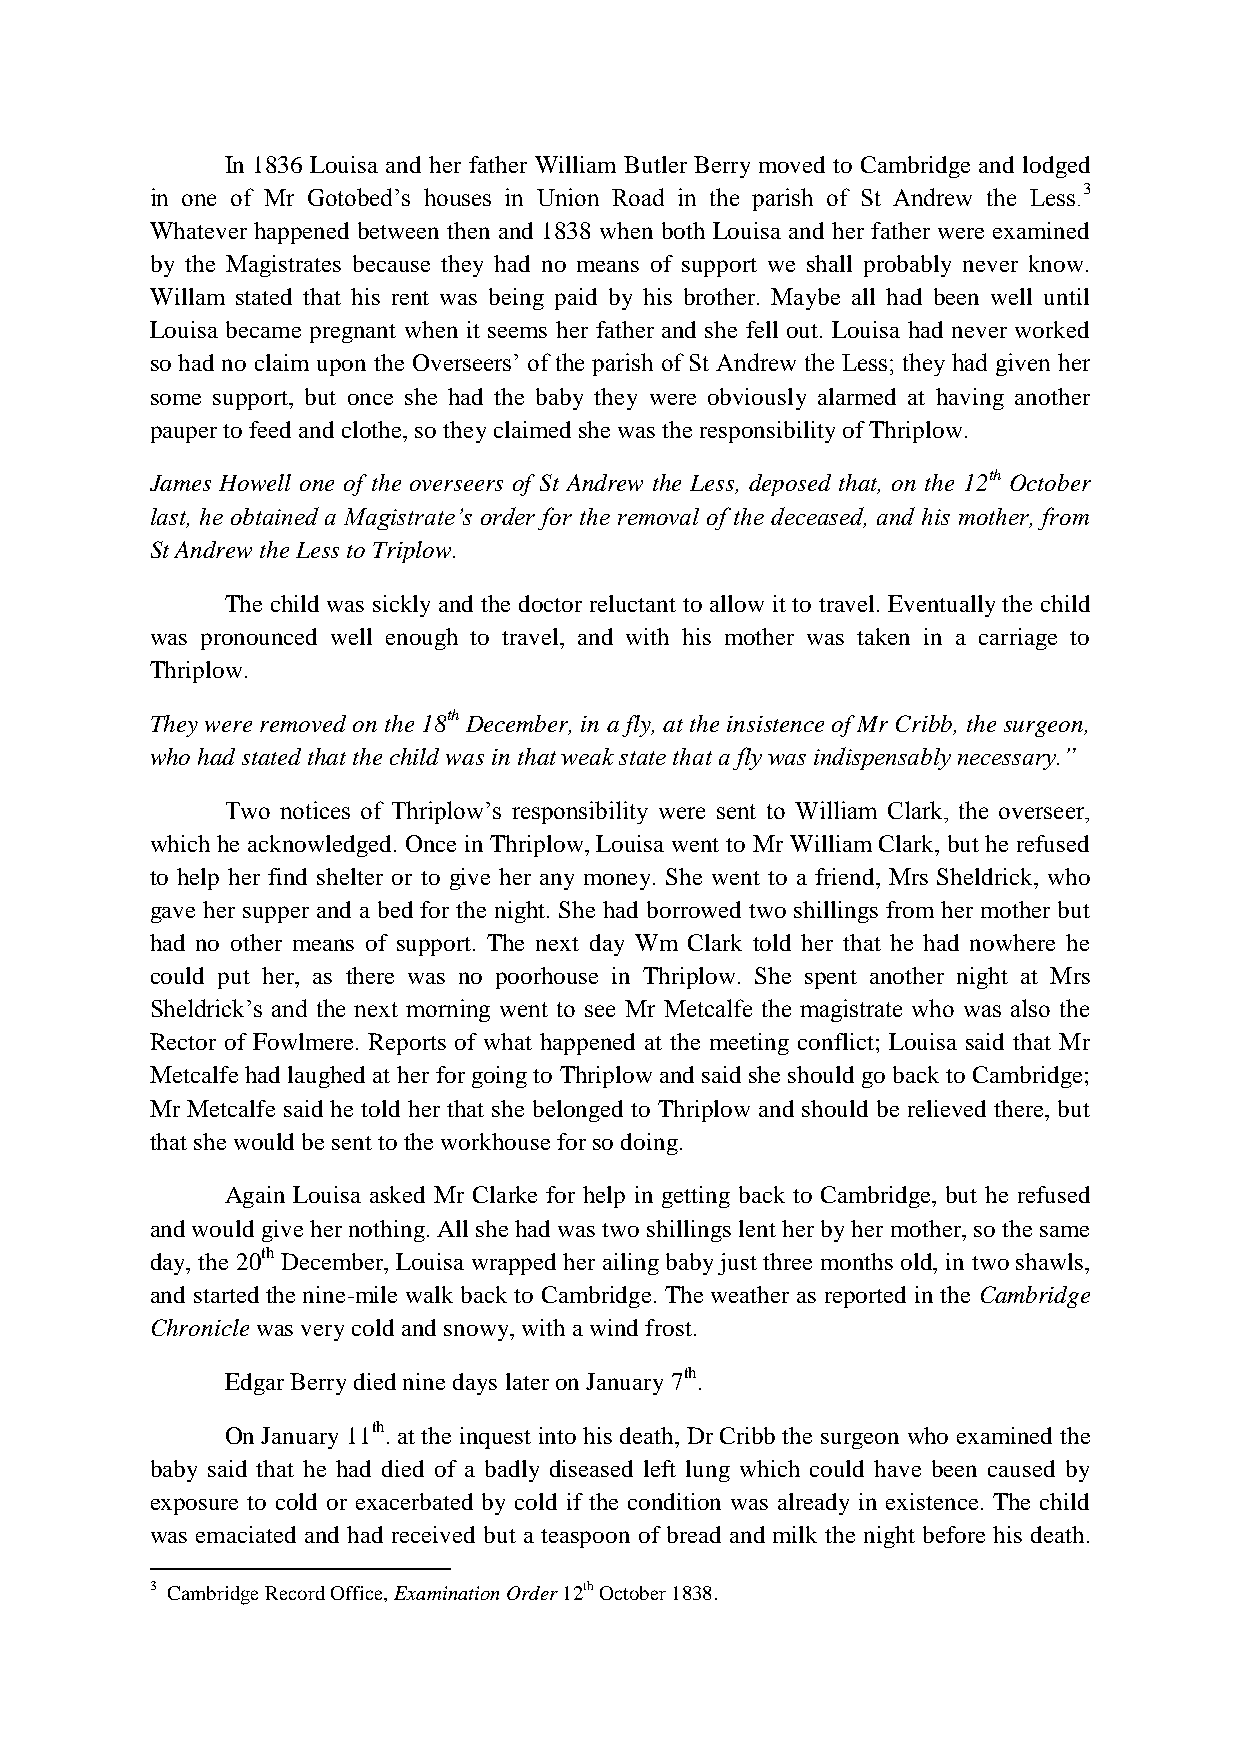
In 1836 Louisa and her father William Butler Berry moved to Cambridge and lodged
 in one of Mr Gotobed’s houses in Union Road in the parish of St Andrew the Less.3
 Whatever happened between then and 1838 when both Louisa and her father were examined
 by the Magistrates because they had no means of support we shall probably never know.
 Willam stated that his rent was being paid by his brother. Maybe all had been well until
 Louisa became pregnant when it seems her father and she fell out. Louisa had never worked
 so had no claim upon the Overseers’ of the parish of St Andrew the Less; they had given her
 some support, but once she had the baby they were obviously alarmed at having another
 pauper to feed and clothe, so they claimed she was the responsibility of Thriplow.
 James Howell one of the overseers of St Andrew the Less, deposed that, on the 12th October
 last, he obtained a Magistrate’s order for the removal of the deceased, and his mother, from
 St Andrew the Less to Triplow.
 The child was sickly and the doctor reluctant to allow it to travel. Eventually the child
 was pronounced well enough to travel, and with his mother was taken in a carriage to
 Thriplow.
 They were removed on the 18th December, in a fly, at the insistence of Mr Cribb, the surgeon,
 who had stated that the child was in that weak state that a fly was indispensably necessary.”
 Two notices of Thriplow’s responsibility were sent to William Clark, the overseer,
 which he acknowledged. Once in Thriplow, Louisa went to Mr William Clark, but he refused
 to help her find shelter or to give her any money. She went to a friend, Mrs Sheldrick, who
 gave her supper and a bed for the night. She had borrowed two shillings from her mother but
 had no other means of support. The next day Wm Clark told her that he had nowhere he
 could put her, as there was no poorhouse in Thriplow. She spent another night at Mrs
 Sheldrick’s and the next morning went to see Mr Metcalfe the magistrate who was also the
 Rector of Fowlmere. Reports of what happened at the meeting conflict; Louisa said that Mr
 Metcalfe had laughed at her for going to Thriplow and said she should go back to Cambridge;
 Mr Metcalfe said he told her that she belonged to Thriplow and should be relieved there, but
 that she would be sent to the workhouse for so doing.
 Again Louisa asked Mr Clarke for help in getting back to Cambridge, but he refused
 and would give her nothing. All she had was two shillings lent her by her mother, so the same
 day, the 20th December, Louisa wrapped her ailing baby just three months old, in two shawls,
 and started the nine-mile walk back to Cambridge. The weather as reported in the Cambridge
 Chronicle was very cold and snowy, with a wind frost.
 Edgar Berry died nine days later on January 7th.
 On January 11th. at the inquest into his death, Dr Cribb the surgeon who examined the
 baby said that he had died of a badly diseased left lung which could have been caused by
 exposure to cold or exacerbated by cold if the condition was already in existence. The child
 was emaciated and had received but a teaspoon of bread and milk the night before his death.
 3 Cambridge Record Office, Examination Order 12th October 1838.